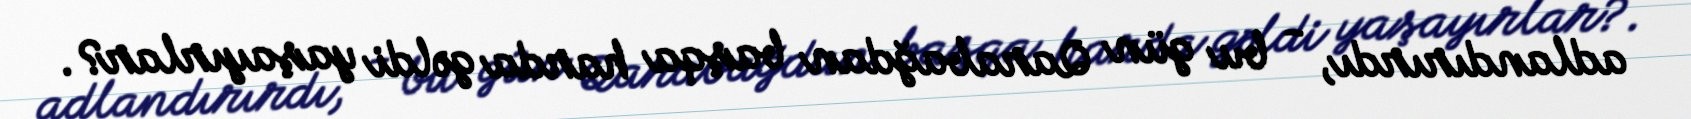
adlandırırdı, - bu gün Qarabağdan başqa harda gəldi yaşayırlar?.